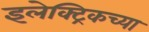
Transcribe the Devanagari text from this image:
इलेक्ट्रिकच्या